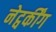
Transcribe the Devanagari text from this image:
नेट्वर्कींग